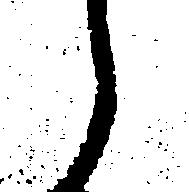
候